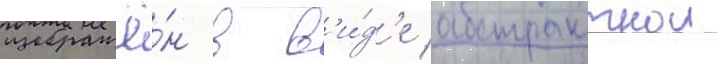
изображё́н в в'и́д'е абстрактнои